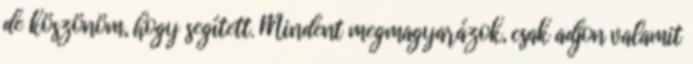
de köszönöm, hogy segített. Mindent megmagyarázok, csak adjon valamit